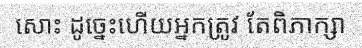
សោះ ដូច្នេះហើយអ្នកត្រូវ តែពិភាក្សា